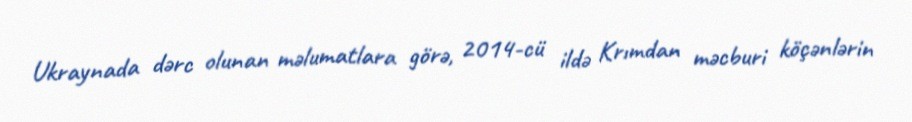
Ukraynada dərc olunan məlumatlara görə, 2014-cü ildə Krımdan məcburi köçənlərin